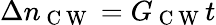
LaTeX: \Delta n_{\mathrm{~C~W~}}=G_{\mathrm{~C~W~}}t